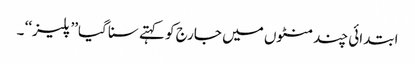
ابتدائی چند منٹوں میں جارج کو کہتے سنا گیا’’ پلیز‘‘ ۔